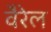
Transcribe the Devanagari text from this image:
वैरेल